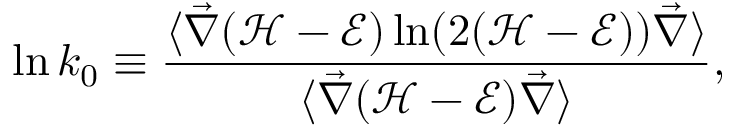
\ln k _ { 0 } \equiv \frac { \langle \vec { \nabla } ( \mathcal { H } - \mathcal { E } ) \ln ( 2 ( \mathcal { H } - \mathcal { E } ) ) \vec { \nabla } \rangle } { \langle \vec { \nabla } ( \mathcal { H } - \mathcal { E } ) \vec { \nabla } \rangle } ,